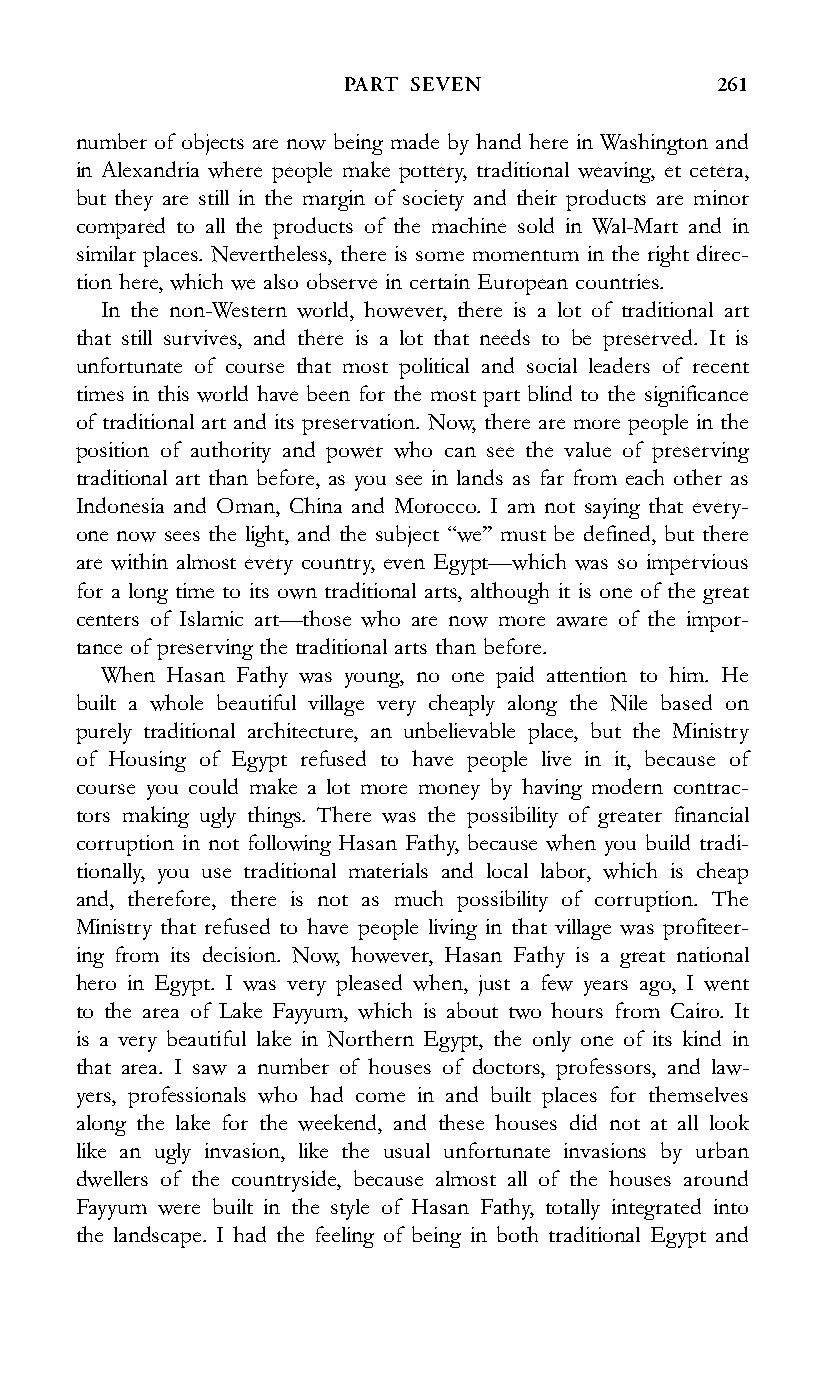
PART SEVEN               261
 number of objects are now being made by hand here in Washington and
 in Alexandria where people make pottery, traditional weaving, et cetera,
 but they are still in the margin of society and their products are minor
 compared to all the products of the machine sold in Wal-Mart and in
 similar places. Nevertheless, there is some momentum in the right direc-
 tion here, which we also observe in certain European countries.
 In the non-Western world, however, there is a lot of traditional art
 that still survives, and there is a lot that needs to be preserved. It is
 unfortunate of course that most political and social leaders of recent
 times in this world have been for the most part blind to the significance
 of traditional art and its preservation. Now, there are more people in the
 position of authority and power who can see the value of preserving
 traditional art than before, as you see in lands as far from each other as
 Indonesia and Oman, China and Morocco. I am not saying that every-
 one now sees the light, and the subject ‘‘we’’ must be defined, but there
 are within almost every country, even Egypt—which was so impervious
 for a long time to its own traditional arts, although it is one of the great
 centers of Islamic art—those who are now more aware of the impor-
 tance of preserving the traditional arts than before.
 When Hasan Fathy was young, no one paid attention to him. He
 built a whole beautiful village very cheaply along the Nile based on
 purely traditional architecture, an unbelievable place, but the Ministry
 of Housing of Egypt refused to have people live in it, because of
 course you could make a lot more money by having modern contrac-
 tors making ugly things. There was the possibility of greater financial
 corruption in not following Hasan Fathy, because when you build tradi-
 tionally, you use traditional materials and local labor, which is cheap
 and, therefore, there is not as much possibility of corruption. The
 Ministry that refused to have people living in that village was profiteer-
 ing from its decision. Now, however, Hasan Fathy is a great national
 hero in Egypt. I was very pleased when, just a few years ago, I went
 to the area of Lake Fayyum, which is about two hours from Cairo. It
 is a very beautiful lake in Northern Egypt, the only one of its kind in
 that area. I saw a number of houses of doctors, professors, and law-
 yers, professionals who had come in and built places for themselves
 along the lake for the weekend, and these houses did not at all look
 like an ugly invasion, like the usual unfortunate invasions by urban
 dwellers of the countryside, because almost all of the houses around
 Fayyum were built in the style of Hasan Fathy, totally integrated into
 the landscape. I had the feeling of being in both traditional Egypt and